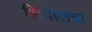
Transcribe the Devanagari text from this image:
शिंडोलचा